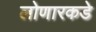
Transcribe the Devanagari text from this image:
लोणारकडे